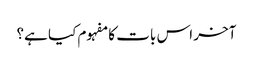
آخر اس بات کا مفہوم کیا ہے؟